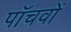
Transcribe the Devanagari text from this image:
पाँचवों